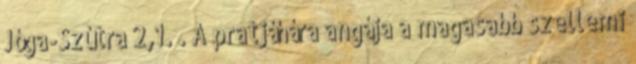
Jóga-Szútra 2,1. . A pratjáhára angája a magasabb szellemi